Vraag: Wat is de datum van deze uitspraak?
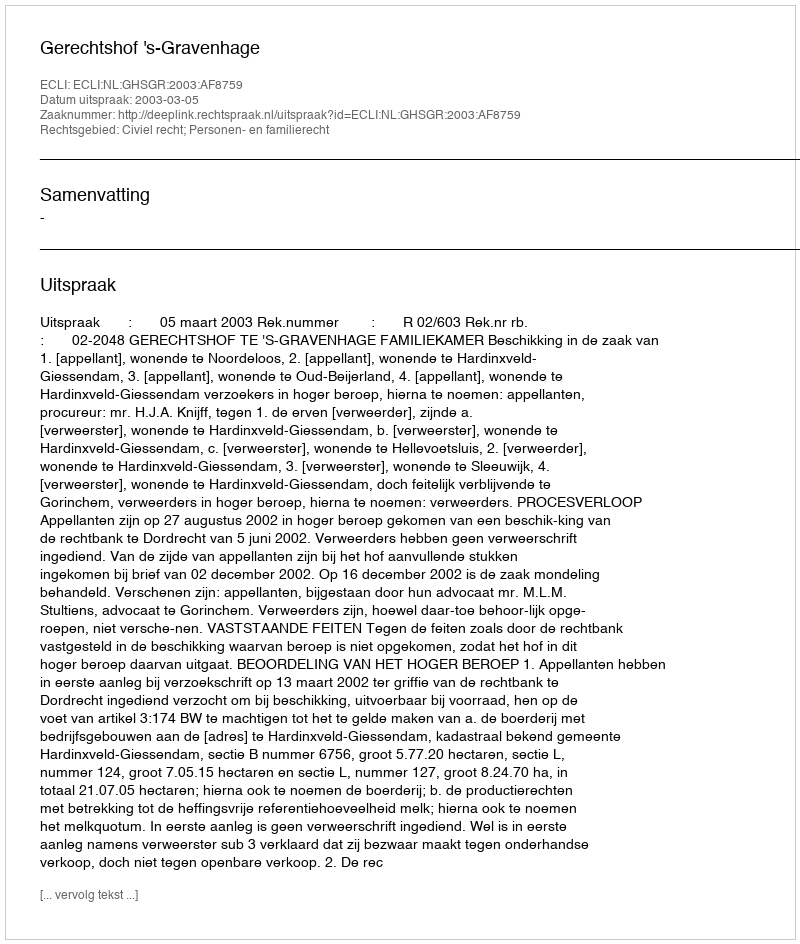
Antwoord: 2003-03-05